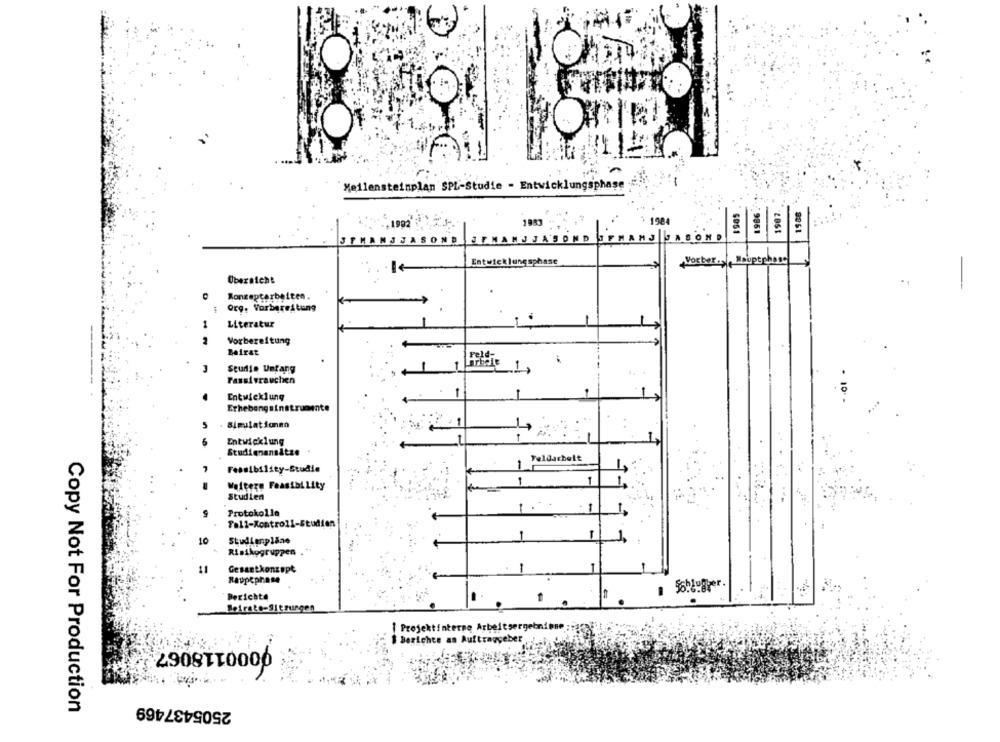
OFRIET
Meilensteinplan SPL-Studie - Entwicklungsphase :
1984
-1992
9851
9061
JFMAMJ JASOND JFMAMJ JASOND
SEASON!
Entwicklungsphase
Hauptphase
Vorber-yle
Übersicht
Konzeptarbeiten.
Org. Vorbereitung
1
Literatur
2
Vorbereitung
Beirat
-.
Studio Umfang
1
Fridie 1,
Passivrauchen
Entwicklung
Erhebengainstrumente
. Simulationen
5
Entwicklung
1
Studienansätze
Feldarbeit
1
1
1.
Weitere Feasibility
Studien
Protokolla
1
Fall-Kontroll-Studien
10
Studienpläne
1
1
Risikogruppen
11
Gestetkonzept
. 1
Raupeprase
Berichte
1
Beirats-Sitzungen
[ Projektinterne Arbeitsergebnisse
$ Berichte as Auftraggeber
0000118067
2505437469
Copy Not For Production